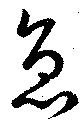
急